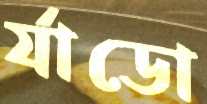
র‍্যাডো